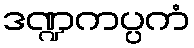
ဒဏ္ဍကပ္ပကံ